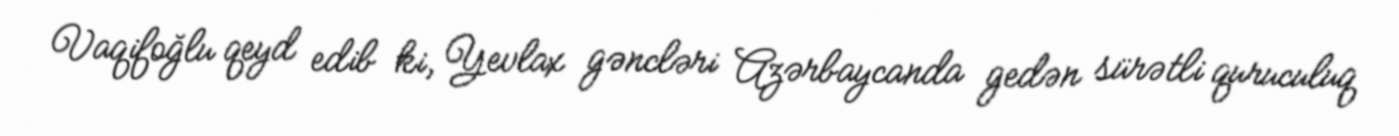
Vaqifoğlu qeyd edib ki, Yevlax gəncləri Azərbaycanda gedən sürətli quruculuq